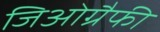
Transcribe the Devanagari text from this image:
जिओग्रैफी